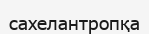
сахелантропқа